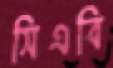
সিএবি